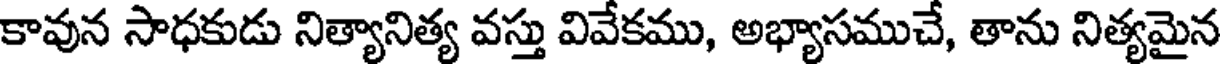
కావున సాధకుడు నిత్యానిత్య వస్తు వివేకము, అభ్యాసముచే, తాను నిత్యమైన